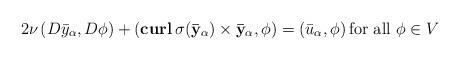
LaTeX: \begin{align*}2\nu\left(D\bar y_\alpha,D\phi\right)+\left(\mathbf{curl}\, \sigma(\mathbf{\bar y_\alpha})\times \mathbf{\bar y_\alpha},\phi\right)=\left(\bar u_\alpha,\phi\right) \mbox{for all} \ \phi\in V\end{align*}